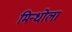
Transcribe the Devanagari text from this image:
मिन्धोला